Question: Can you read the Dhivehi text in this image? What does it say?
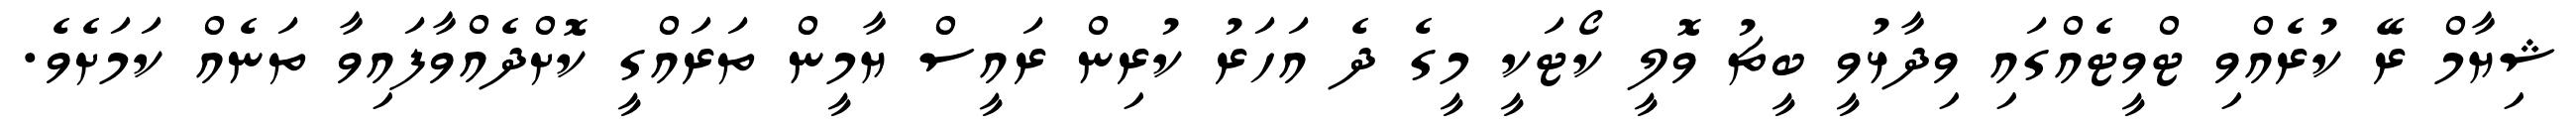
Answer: ޝިޔާމް ރޭ ކުރެއްވި ޓްވީޓެއްގައި ވިދާޅުވީ ބީޗު ވޮލީ ކޯޓަކީ މީގެ ދެ އަހަރު ކުރިން ރައީސް ޔާމީން ތަރައްގީ ކޮށްދެއްވާފައިވާ ތަނެއް ކަމަށެވެ.